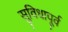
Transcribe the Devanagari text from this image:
सुविधापूर्व